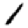
Digit: 1